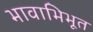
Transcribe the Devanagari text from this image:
भावाभिभूत